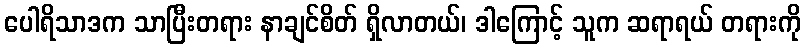
ပေါရိသာဒက သာပြီးတရား နာချင်စိတ် ရှိလာတယ်၊ ဒါကြောင့် သူက ဆရာရယ် တရားကို